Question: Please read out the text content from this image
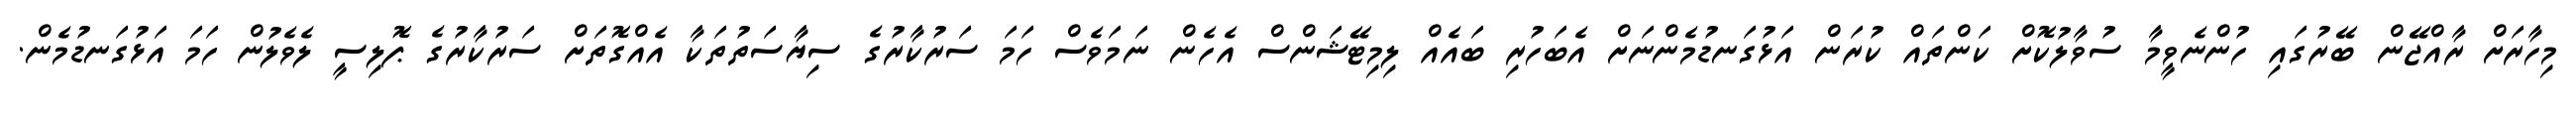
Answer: މިހާރަށް ރާއްޖޭން ބޭރުގައި ހުންނެވީމާ ސުވާލުކޮށް ކަންތައް ކުރަން އަޅުގަނޑުމެންނަށް އެބަހުރި ބައެއް ލިމިޓޭޝަންސް އެހެން ނަމަވެސް ހަމަ ސަރުކާރުގެ ސިޔާސަތުތަކާ އެއްގޮތަށް ސަރުކާރުގެ ޕޮލިސީ ލެވެލުން ހަމަ އަޅުގަނޑުމެން.